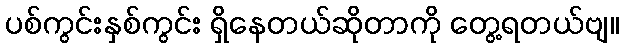
ပစ်ကွင်းနှစ်ကွင်း ရှိနေတယ်ဆိုတာကို တွေ့ရတယ်ဗျ။